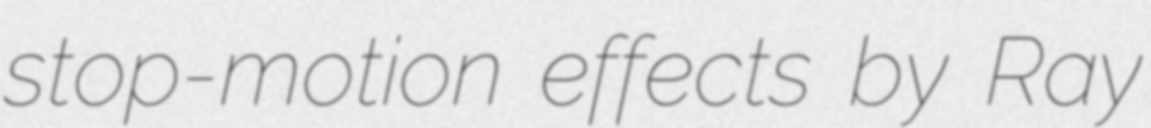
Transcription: stop-motion effects by Ray